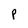
Character: P